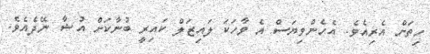
ހިތަށް އެރިއެވެ. އެހެންވިޔަސް އެ ވާހަކަ ލައިޒަލް ކައިރީ ބުނާކަށް އުޝާ ނޭދެއެވެ.